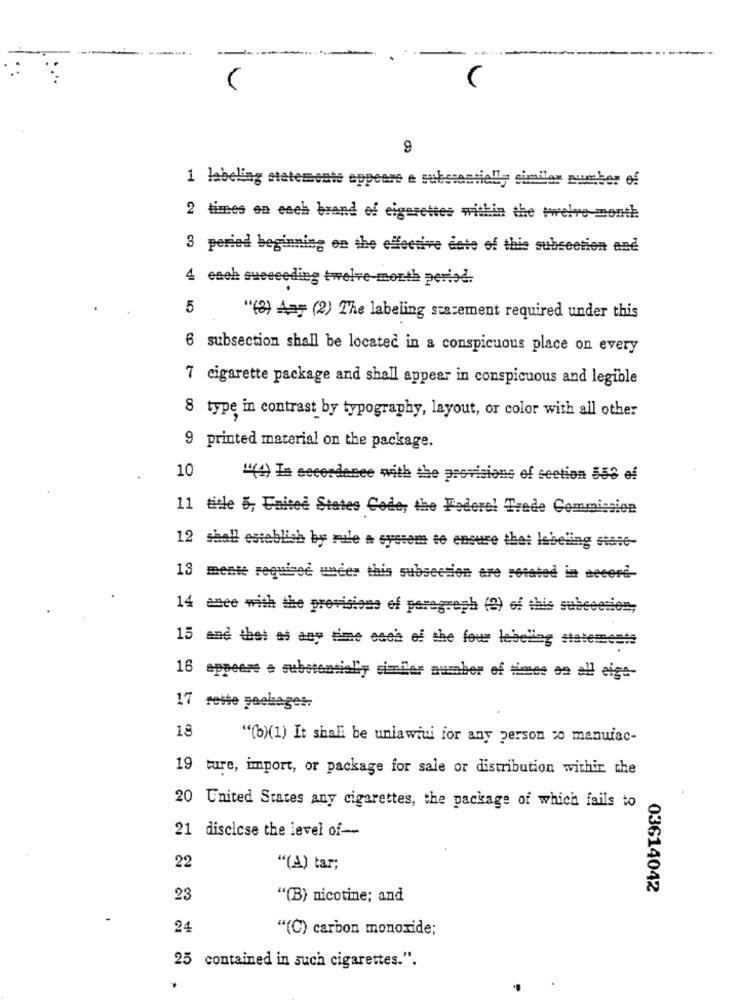
9
1 labeling stetemente eppeere e subs:astiell, similar number of
2 times en each brand of eigerettes within the twelve-month
3 peried beginning on the effective date of this subsection and
4 each succeeding twelve-month period.
5
"(2) Aar (2) The labeling stazement required under this
6 subsection shall be located in a conspicuous place on every
7 cigarette package and shall appear in conspicuous and legible
8 type in contrast by typography, layout, or color with all other
9 printed material on the package.
10
""(4) In accordance with the provisions of section 559 ef
11 title 5, United States Code, the Federal Trade Commission
12 shall establish by rule a system to ensure that labeling state-
13 mente requisee under this subsection are rotated in becerd-
14 ance with the provisions of paregreph (9) of this subecesie =;
15 and thet as any time esca of the four lebeling statements
16 appeare a substantial', similer number of times en all eige-
17 rette packages:
18
"(b)(1) It shall be unlawiui for any person so manufac-
19 ture, import, or package for sale or distribution within the
20 United States any cigarettes, the package of which fails to
21 discicse the level of --
22
"(A) tar;
03614042
23
"(B) nicotine; and
24
"(C) carbon monoxide;
25 contained in such cigarettes.".